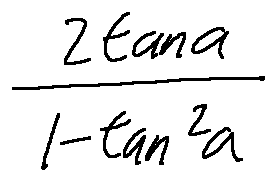
\frac { 2 \tan \alpha } { 1 - \tan ^ { 2 } \alpha }